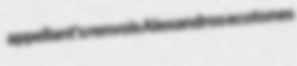
appellant's renvois Alexandros ecotones